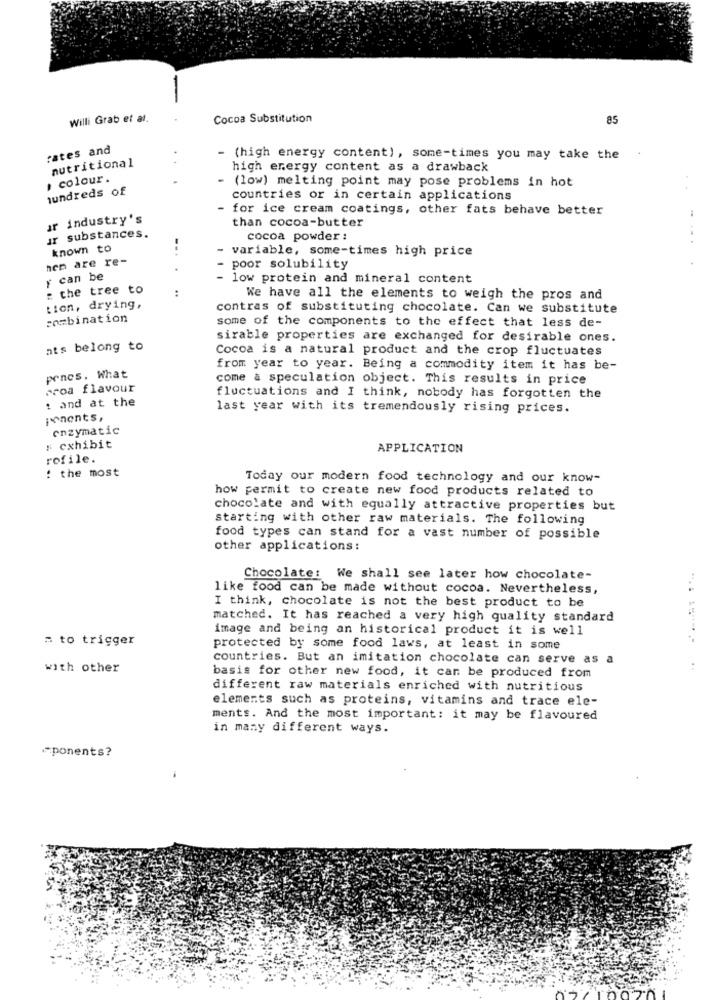
Willi Grab et al.
Cocoa Substitution
85
rates and
nutritional
- (high energy content), some-times you may take the
high energy content as a drawback
. colour.
(low) melting point may pose problems in hot
hundreds of
..
countries or in certain applications
for ice cream coatings, other fats behave better
ar industry's
than cocoa-butter
ur substances.
cocoa powder :
...
known to
...
variable, some-times high price
nem are re-
poor solubility
y can be
- low protein and mineral content
: the tree to
..
We have all the elements to weigh the pros and
Lion, drying,
contras of substituting chocolate. Can we substitute
combination
some of the components to the effect that less de-
sirable properties are exchanged for desirable ones.
ats belong to
Cocoa is a natural product and the crop fluctuates
from year to year. Being a commodity item it has be-
poncs. What
come a speculation object. This results in price
proa flavour
: and at the
fluctuations and I think, nobody has forgotten the
last year with its tremendously rising prices.
ponents,
enzymatic
# exhibit
APPLICATION
rofile.
: the most
Today our modern food technology and our know-
how permit to create new food products related to
chocolate and with equally attractive properties but
Starting with other raw materials. The following
food types can stand for a vast number of possible
other applications:
Chocolate: We shall see later how chocolate-
like food can be made without cocoa. Nevertheless,
I think, chocolate is not the best product to be
matched. It has reached a very high quality standard
image and being an historical product it is well
= to trigger
protected by some food laws, at least in some
countries. But an imitation chocolate can serve as a
with other
basis for other new food, it can be produced from
different raw materials enriched with nutritious
elements such as proteins, vitamins and trace ele-
ments. And the most important: it may be flavoured
in many different ways.
-ponents?